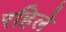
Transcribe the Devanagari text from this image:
रहिले